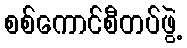
စစ်ကောင်စီတပ်ဖွဲ့